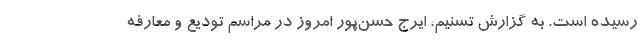
رسیده است. به گزارش تسنیم، ایرج حسن‌پور امروز در مراسم تودیع و معارفه